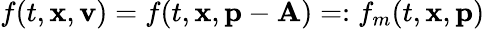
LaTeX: f(t,{\mathbf x},{\mathbf v})=f(t,{\mathbf x},{\mathbf p}-{\mathbf A})=:f_{m}(t,{\mathbf x},{\mathbf p})